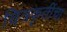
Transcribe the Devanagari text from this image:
चित्रकृतींचा